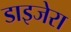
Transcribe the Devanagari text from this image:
डाइजेरा